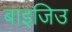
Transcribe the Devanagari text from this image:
बाइजिउ